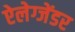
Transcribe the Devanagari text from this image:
ऐलेग्जेंडर